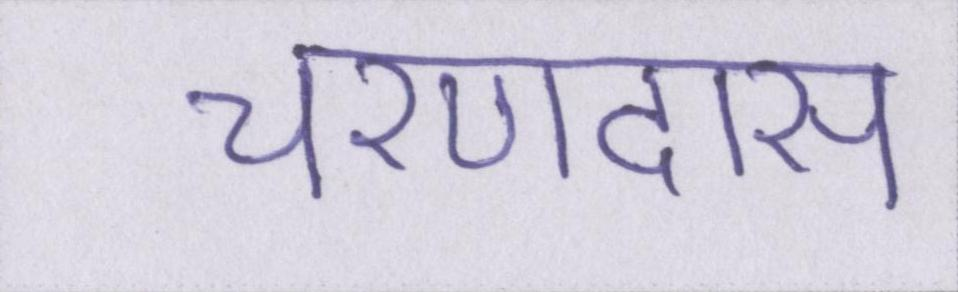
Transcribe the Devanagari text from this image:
चरणदास